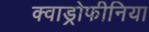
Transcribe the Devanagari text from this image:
क्वाड्रोफीनिया